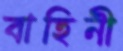
বাহিনী